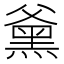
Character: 𮮕